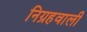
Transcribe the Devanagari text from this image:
निग्रहवाली